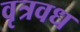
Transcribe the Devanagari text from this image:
वृत्रवध